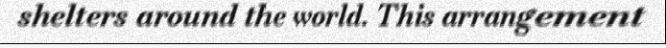
shelters around the world. This arrangement